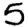
Digit: 5